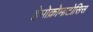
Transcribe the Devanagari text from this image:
हेमोक्रोमाटोसिस